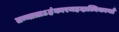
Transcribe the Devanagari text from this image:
तन्मात्राऽहंकारमहदात्मिकायाँ